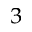
^ 3